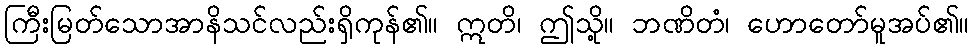
ကြီးမြတ်သောအာနိသင်လည်းရှိကုန်၏။ ဣတိ၊ ဤသို့။ ဘဏိတံ၊ ဟောတော်မူအပ်၏။